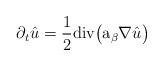
LaTeX: \begin{align*}\partial_t \hat u= \frac 12 \mathrm{div}\big(\mathrm{a_\beta} \nabla \hat u\big)\end{align*}